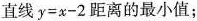
直线$$y=x-2$$距离的最小值；